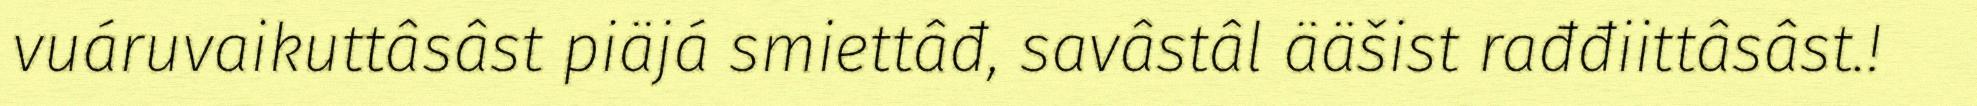
vuáruvaikuttâsâst piäjá smiettâđ, savâstâl ääšist rađđiittâsâst.!